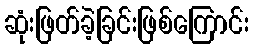
ဆုံးဖြတ်ခဲ့ခြင်းဖြစ်ကြောင်း